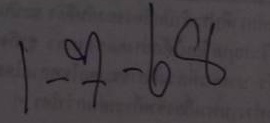
1-7-68